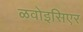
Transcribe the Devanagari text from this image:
ळवोइसिएर